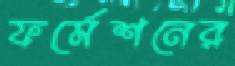
ফর্মেশনের